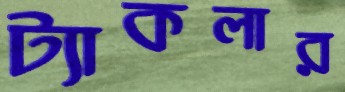
ট্যাকলার